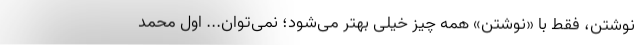
نوشتن، فقط با «نوشتن» همه چیز خیلی بهتر می‌شود؛ نمی‌توان... اول محمد